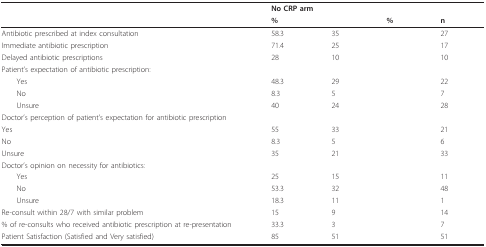
<table><thead><tr><td>[EMPTY_CELL]</td><td colspan="2"><b>No CRP arm</b></td><td colspan="2">[EMPTY_CELL]</td></tr><tr><td>[EMPTY_CELL]</td><td><b>%</b></td><td>[EMPTY_CELL]</td><td><b>%</b></td><td><b>n</b></td></tr></thead><tbody><tr><td>Antibiotic prescribed at index consultation</td><td>58.3</td><td>35</td><td>[EMPTY_CELL]</td><td>27</td></tr><tr><td>Immediate antibiotic prescription</td><td>71.4</td><td>25</td><td>[EMPTY_CELL]</td><td>17</td></tr><tr><td>Delayed antibiotic prescriptions</td><td>28</td><td>10</td><td>[EMPTY_CELL]</td><td>10</td></tr><tr><td>Patient's expectation of antibiotic prescription:</td><td>[EMPTY_CELL]</td><td>[EMPTY_CELL]</td><td>[EMPTY_CELL]</td><td>[EMPTY_CELL]</td></tr><tr><td> Yes</td><td>48.3</td><td>29</td><td>[EMPTY_CELL]</td><td>22</td></tr><tr><td> No</td><td>8.3</td><td>5</td><td>[EMPTY_CELL]</td><td>7</td></tr><tr><td> Unsure</td><td>40</td><td>24</td><td>[EMPTY_CELL]</td><td>28</td></tr><tr><td>Doctor's perception of patient's expectation for antibiotic prescription</td><td>[EMPTY_CELL]</td><td>[EMPTY_CELL]</td><td>[EMPTY_CELL]</td><td>[EMPTY_CELL]</td></tr><tr><td>Yes</td><td>55</td><td>33</td><td>[EMPTY_CELL]</td><td>21</td></tr><tr><td>No</td><td>8.3</td><td>5</td><td>[EMPTY_CELL]</td><td>6</td></tr><tr><td>Unsure</td><td>35</td><td>21</td><td>[EMPTY_CELL]</td><td>33</td></tr><tr><td>Doctor's opinion on necessity for antibiotics:</td><td>[EMPTY_CELL]</td><td>[EMPTY_CELL]</td><td>[EMPTY_CELL]</td><td>[EMPTY_CELL]</td></tr><tr><td> Yes</td><td>25</td><td>15</td><td>[EMPTY_CELL]</td><td>11</td></tr><tr><td> No</td><td>53.3</td><td>32</td><td>[EMPTY_CELL]</td><td>48</td></tr><tr><td> Unsure</td><td>18.3</td><td>11</td><td>[EMPTY_CELL]</td><td>1</td></tr><tr><td>Re-consult within 28/7 with similar problem</td><td>15</td><td>9</td><td>[EMPTY_CELL]</td><td>14</td></tr><tr><td>% of re-consults who received antibiotic prescription at re-presentation</td><td>33.3</td><td>3</td><td>[EMPTY_CELL]</td><td>7</td></tr><tr><td>Patient Satisfaction (Satisfied and Very satisfied)</td><td>85</td><td>51</td><td>[EMPTY_CELL]</td><td>51</td></tr></tbody></table>